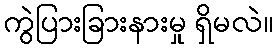
ကွဲပြားခြားနားမှု ရှိမလဲ။